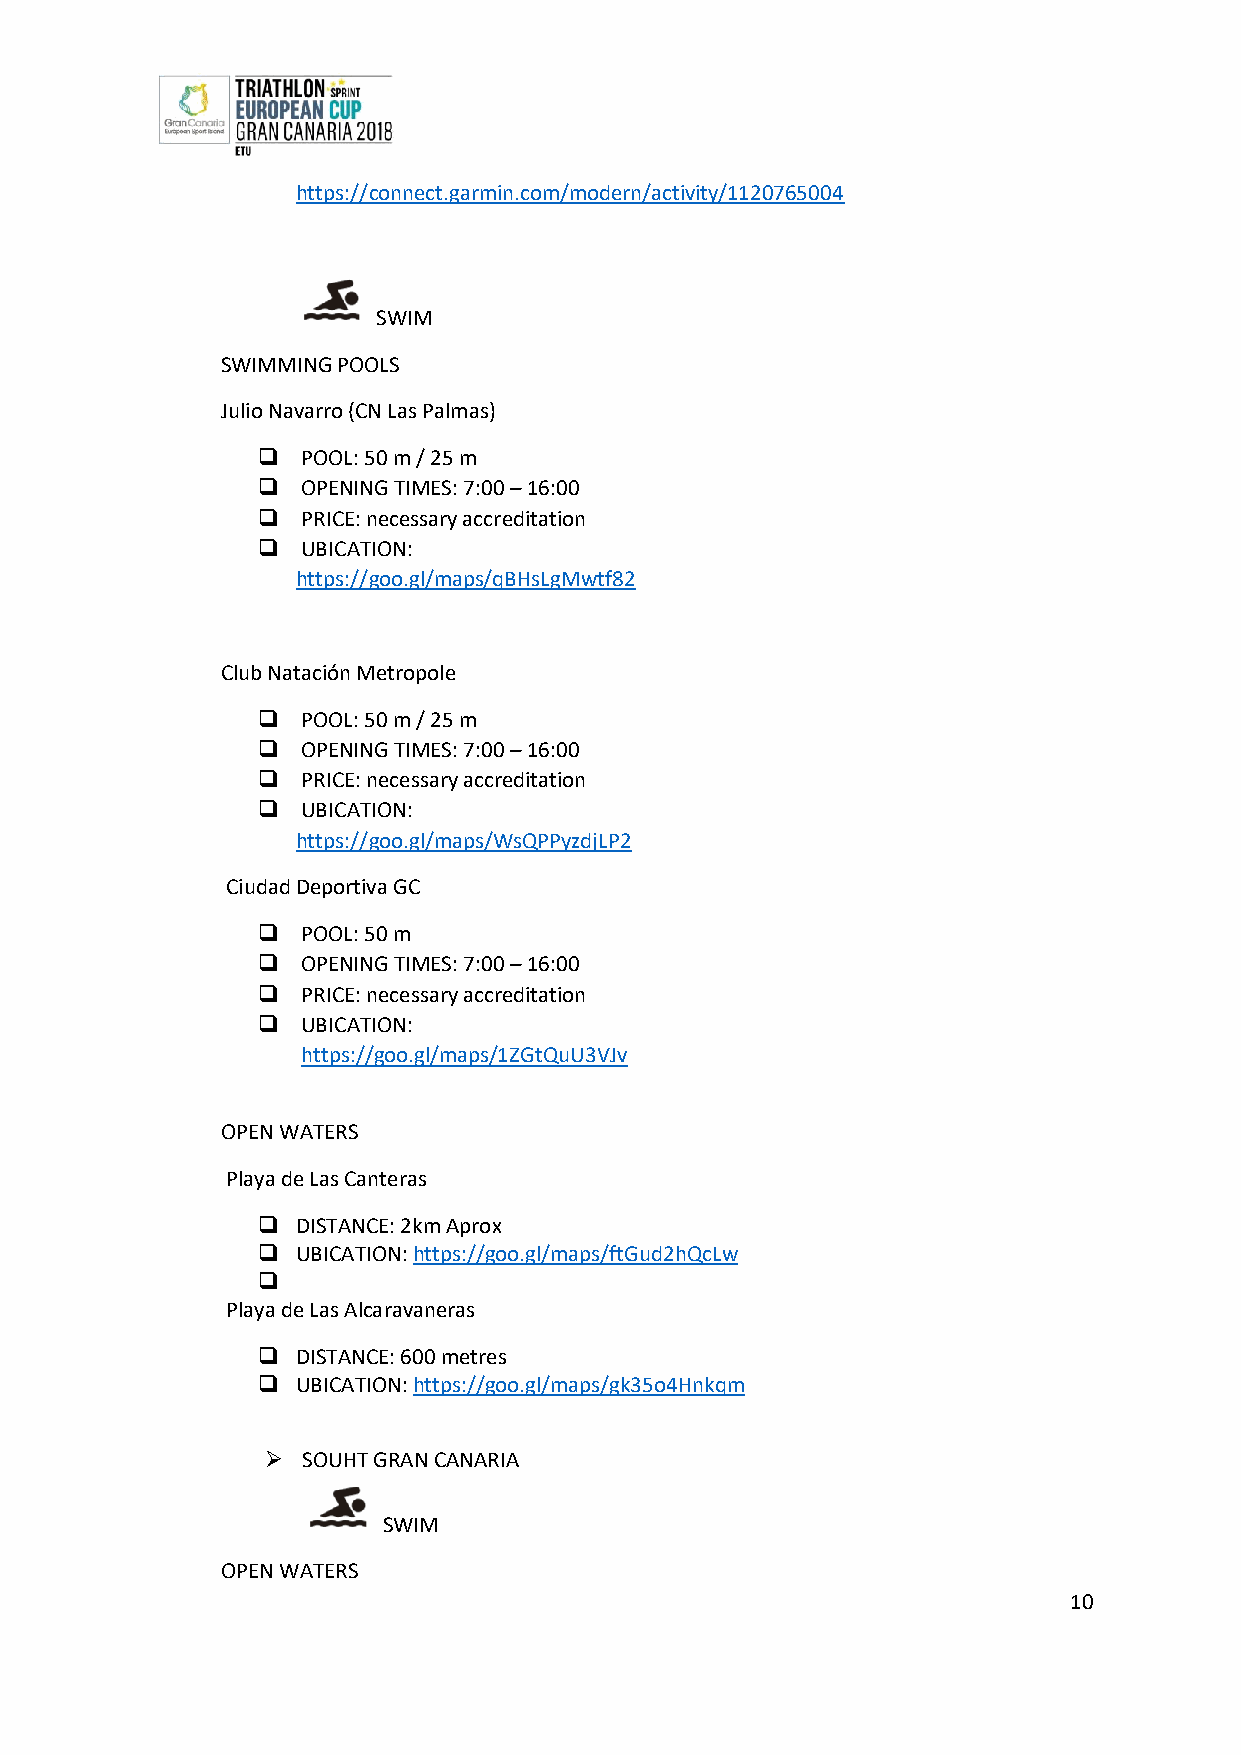
https://connect.garmin.com/modern/activity/1120765004
 SWIM
 SWIMMING POOLS
 Julio Navarro (CN Las Palmas)
   POOL: 50 m / 25 m
   OPENING TIMES: 7:00 – 16:00
   PRICE: necessary accreditation
   UBICATION:
 https://goo.gl/maps/qBHsLgMwtf82
 Club Natación Metropole
   POOL: 50 m / 25 m
   OPENING TIMES: 7:00 – 16:00
   PRICE: necessary accreditation
   UBICATION:
 https://goo.gl/maps/WsQPPyzdjLP2
 Ciudad Deportiva GC
   POOL: 50 m
   OPENING TIMES: 7:00 – 16:00
   PRICE: necessary accreditation
   UBICATION:
 https://goo.gl/maps/1ZGtQuU3VJv
 OPEN WATERS
 Playa de Las Canteras
   DISTANCE: 2km Aprox
   UBICATION: https://goo.gl/maps/ftGud2hQcLw
 
 Playa de Las Alcaravaneras
   DISTANCE: 600 metres
   UBICATION: https://goo.gl/maps/gk35o4Hnkqm
 ➢ SOUHT GRAN CANARIA
 SWIM
 OPEN WATERS
 10